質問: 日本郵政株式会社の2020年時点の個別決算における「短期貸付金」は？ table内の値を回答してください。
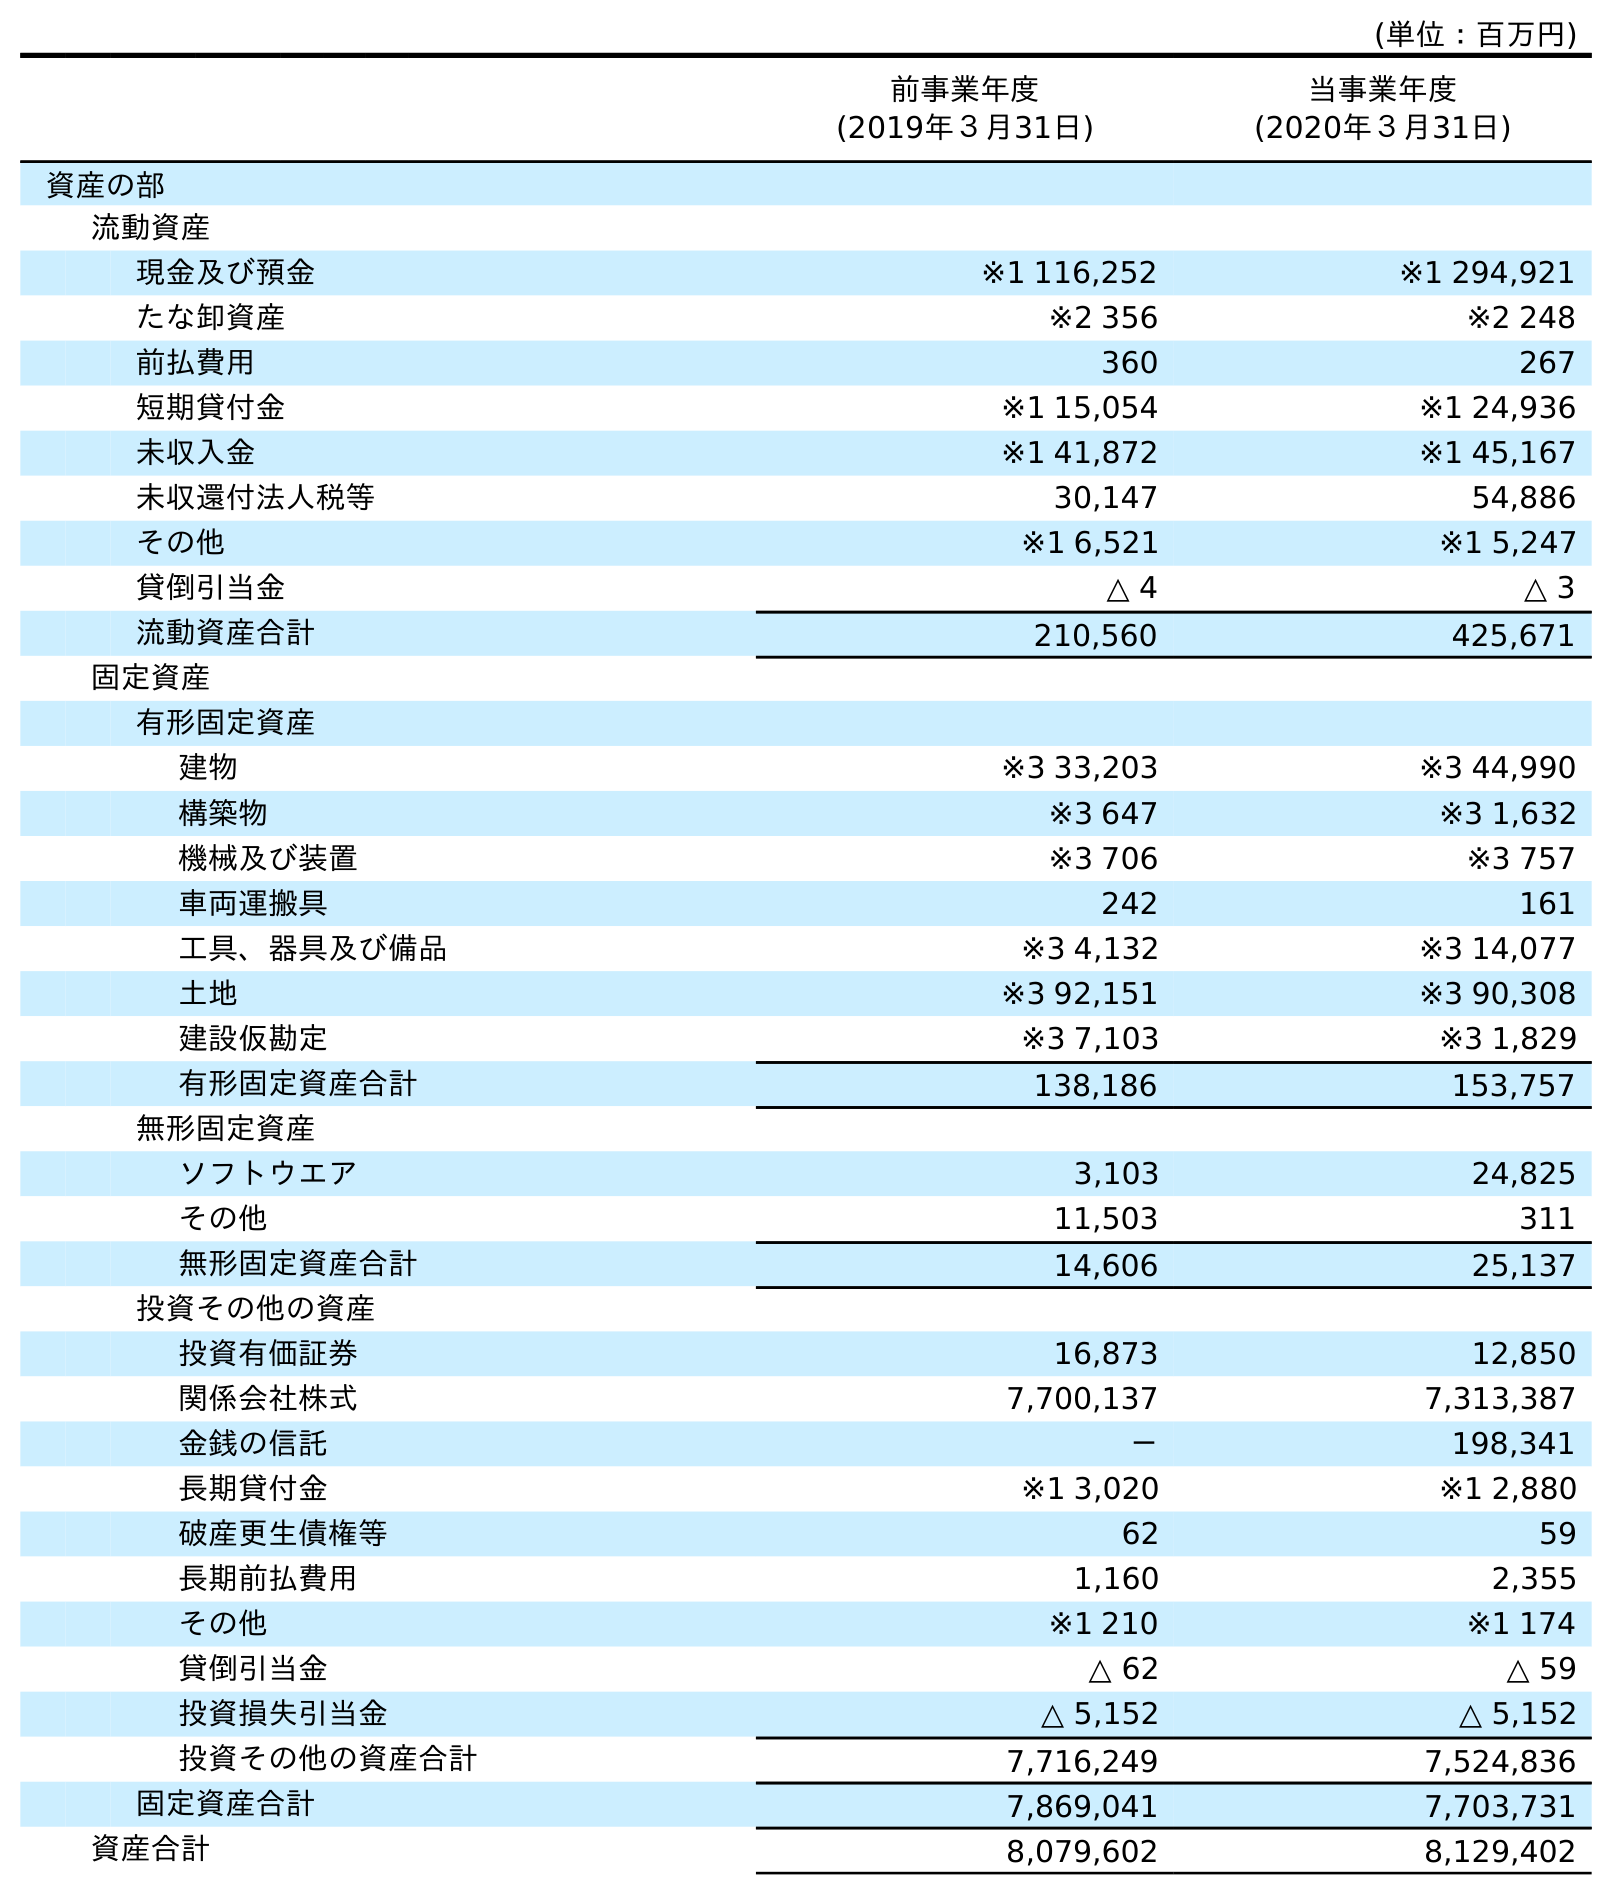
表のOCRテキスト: (単位：百万円) 前事業年度 (2019年３月31日) 当事業年度 (2020年３月31日) 資産の部 流動資産 現金及び預金 ※1 116,252 ※1 294,921 たな卸資産 ※2 356 ※2 248 前払費用 360 267 短期貸付金 ※1 15,054 ※1 24,936 未収入金 ※1 41,872 ※1 45,167 未収還付法人税等 30,147 54,886 その他 ※1 6,521 ※1 5,247 貸倒引当金 △ 4 △ 3 流動資産合計 210,560 425,671 固定資産 有形固定資産 建物 ※3 33,203 ※3 44,990 構築物 ※3 647 ※3 1,632 機械及び装置 ※3 706 ※3 757 車両運搬具 242 161 工具、器具及び備品 ※3 4,132 ※3 14,077 土地 ※3 92,151 ※3 90,308 建設仮勘定 ※3 7,103 ※3 1,829 有形固定資産合計 138,186 153,757 無形固定資産 ソフトウエア 3,103 24,825 その他 11,503 311 無形固定資産合計 14,606 25,137 投資その他の資産 投資有価証券 16,873 12,850 関係会社株式 7,700,137 7,313,387 金銭の信託 － 198,341 長期貸付金 ※1 3,020 ※1 2,880 破産更生債権等 62 59 長期前払費用 1,160 2,355 その他 ※1 210 ※1 174 貸倒引当金 △ 62 △ 59 投資損失引当金 △ 5,152 △ 5,152 投資その他の資産合計 7,716,249 7,524,836 固定資産合計 7,869,041 7,703,731 資産合計 8,079,602 8,129,402
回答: ※124,936